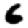
Digit: 6